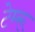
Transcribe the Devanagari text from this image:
टेम्‍रू